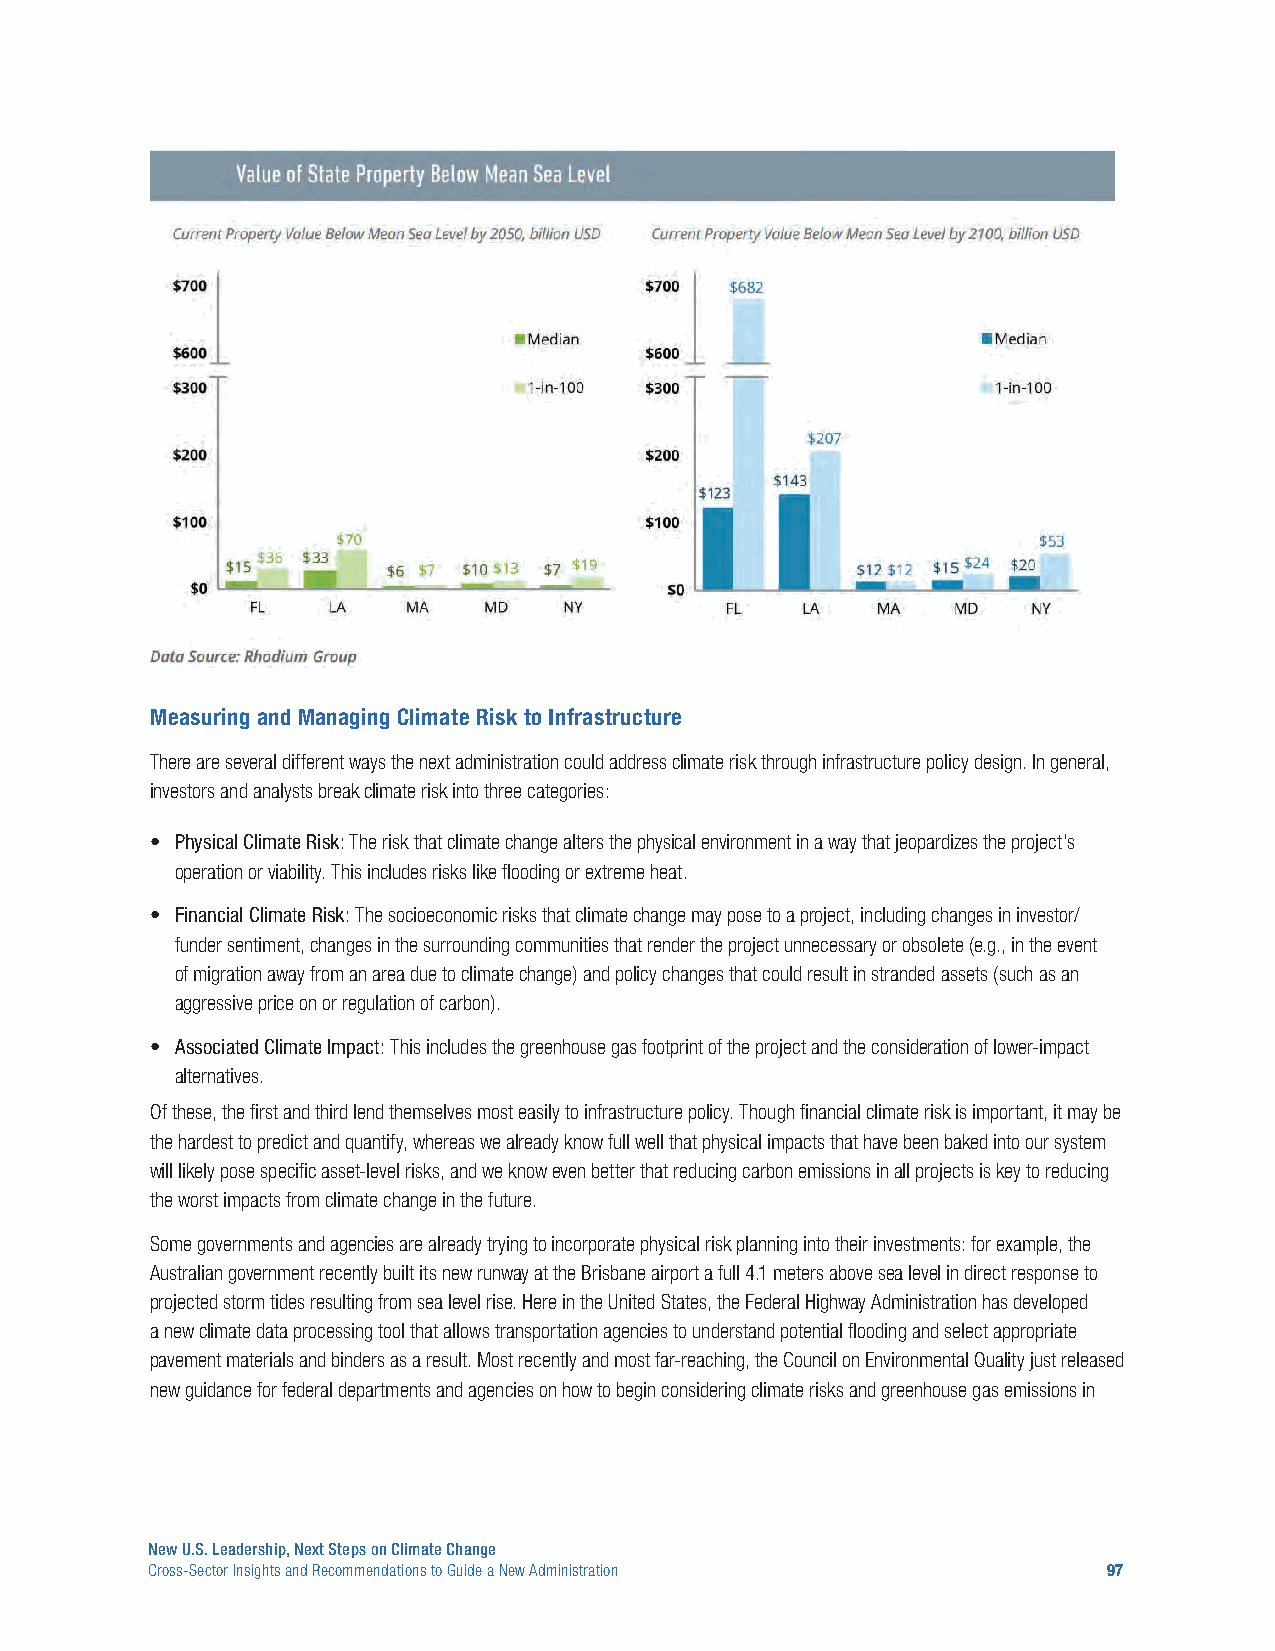
Measuring and Managing Climate Risk to Infrastructure
 There are several different ways the next administration could address climate risk through infrastructure policy design. In general,
 investors and analysts break climate risk into three categories:
 • Physical Climate Risk: The risk that climate change alters the physical environment in a way that jeopardizes the project’s
 operation or viability. This includes risks like flooding or extreme heat.
 • Financial Climate Risk: The socioeconomic risks that climate change may pose to a project, including changes in investor/
 funder sentiment, changes in the surrounding communities that render the project unnecessary or obsolete (e.g., in the event
 of migration away from an area due to climate change) and policy changes that could result in stranded assets (such as an
 aggressive price on or regulation of carbon).
 • Associated Climate Impact: This includes the greenhouse gas footprint of the project and the consideration of lower-impact
 alternatives.
 Of these, the first and third lend themselves most easily to infrastructure policy. Though financial climate risk is important, it may be
 the hardest to predict and quantify, whereas we already know full well that physical impacts that have been baked into our system
 will likely pose specific asset-level risks, and we know even better that reducing carbon emissions in all projects is key to reducing
 the worst impacts from climate change in the future.
 Some governments and agencies are already trying to incorporate physical risk planning into their investments: for example, the
 Australian government recently built its new runway at the Brisbane airport a full 4.1 meters above sea level in direct response to
 projected storm tides resulting from sea level rise. Here in the United States, the Federal Highway Administration has developed
 a new climate data processing tool that allows transportation agencies to understand potential flooding and select appropriate
 pavement materials and binders as a result. Most recently and most far-reaching, the Council on Environmental Quality just released
 new guidance for federal departments and agencies on how to begin considering climate risks and greenhouse gas emissions in
 New U.S. Leadership, Next Steps on Climate Change
 Cross-Sector Insights and Recommendations to Guide a New Administration 97